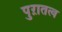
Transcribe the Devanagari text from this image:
पुऱातत्व